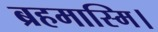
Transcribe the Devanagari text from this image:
ब्रहमास्मि।